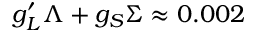
g _ { L } ^ { \prime } \Lambda + g _ { S } \Sigma \approx 0 . 0 0 2